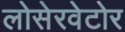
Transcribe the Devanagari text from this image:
लोसेरवेटोर